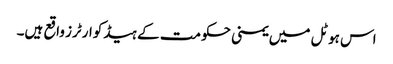
اس ہوٹل میں یمنی حکومت کے ہیڈکوارٹرز واقع ہیں۔